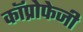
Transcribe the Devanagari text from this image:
कॉप्रोफेजी